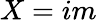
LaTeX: X=im